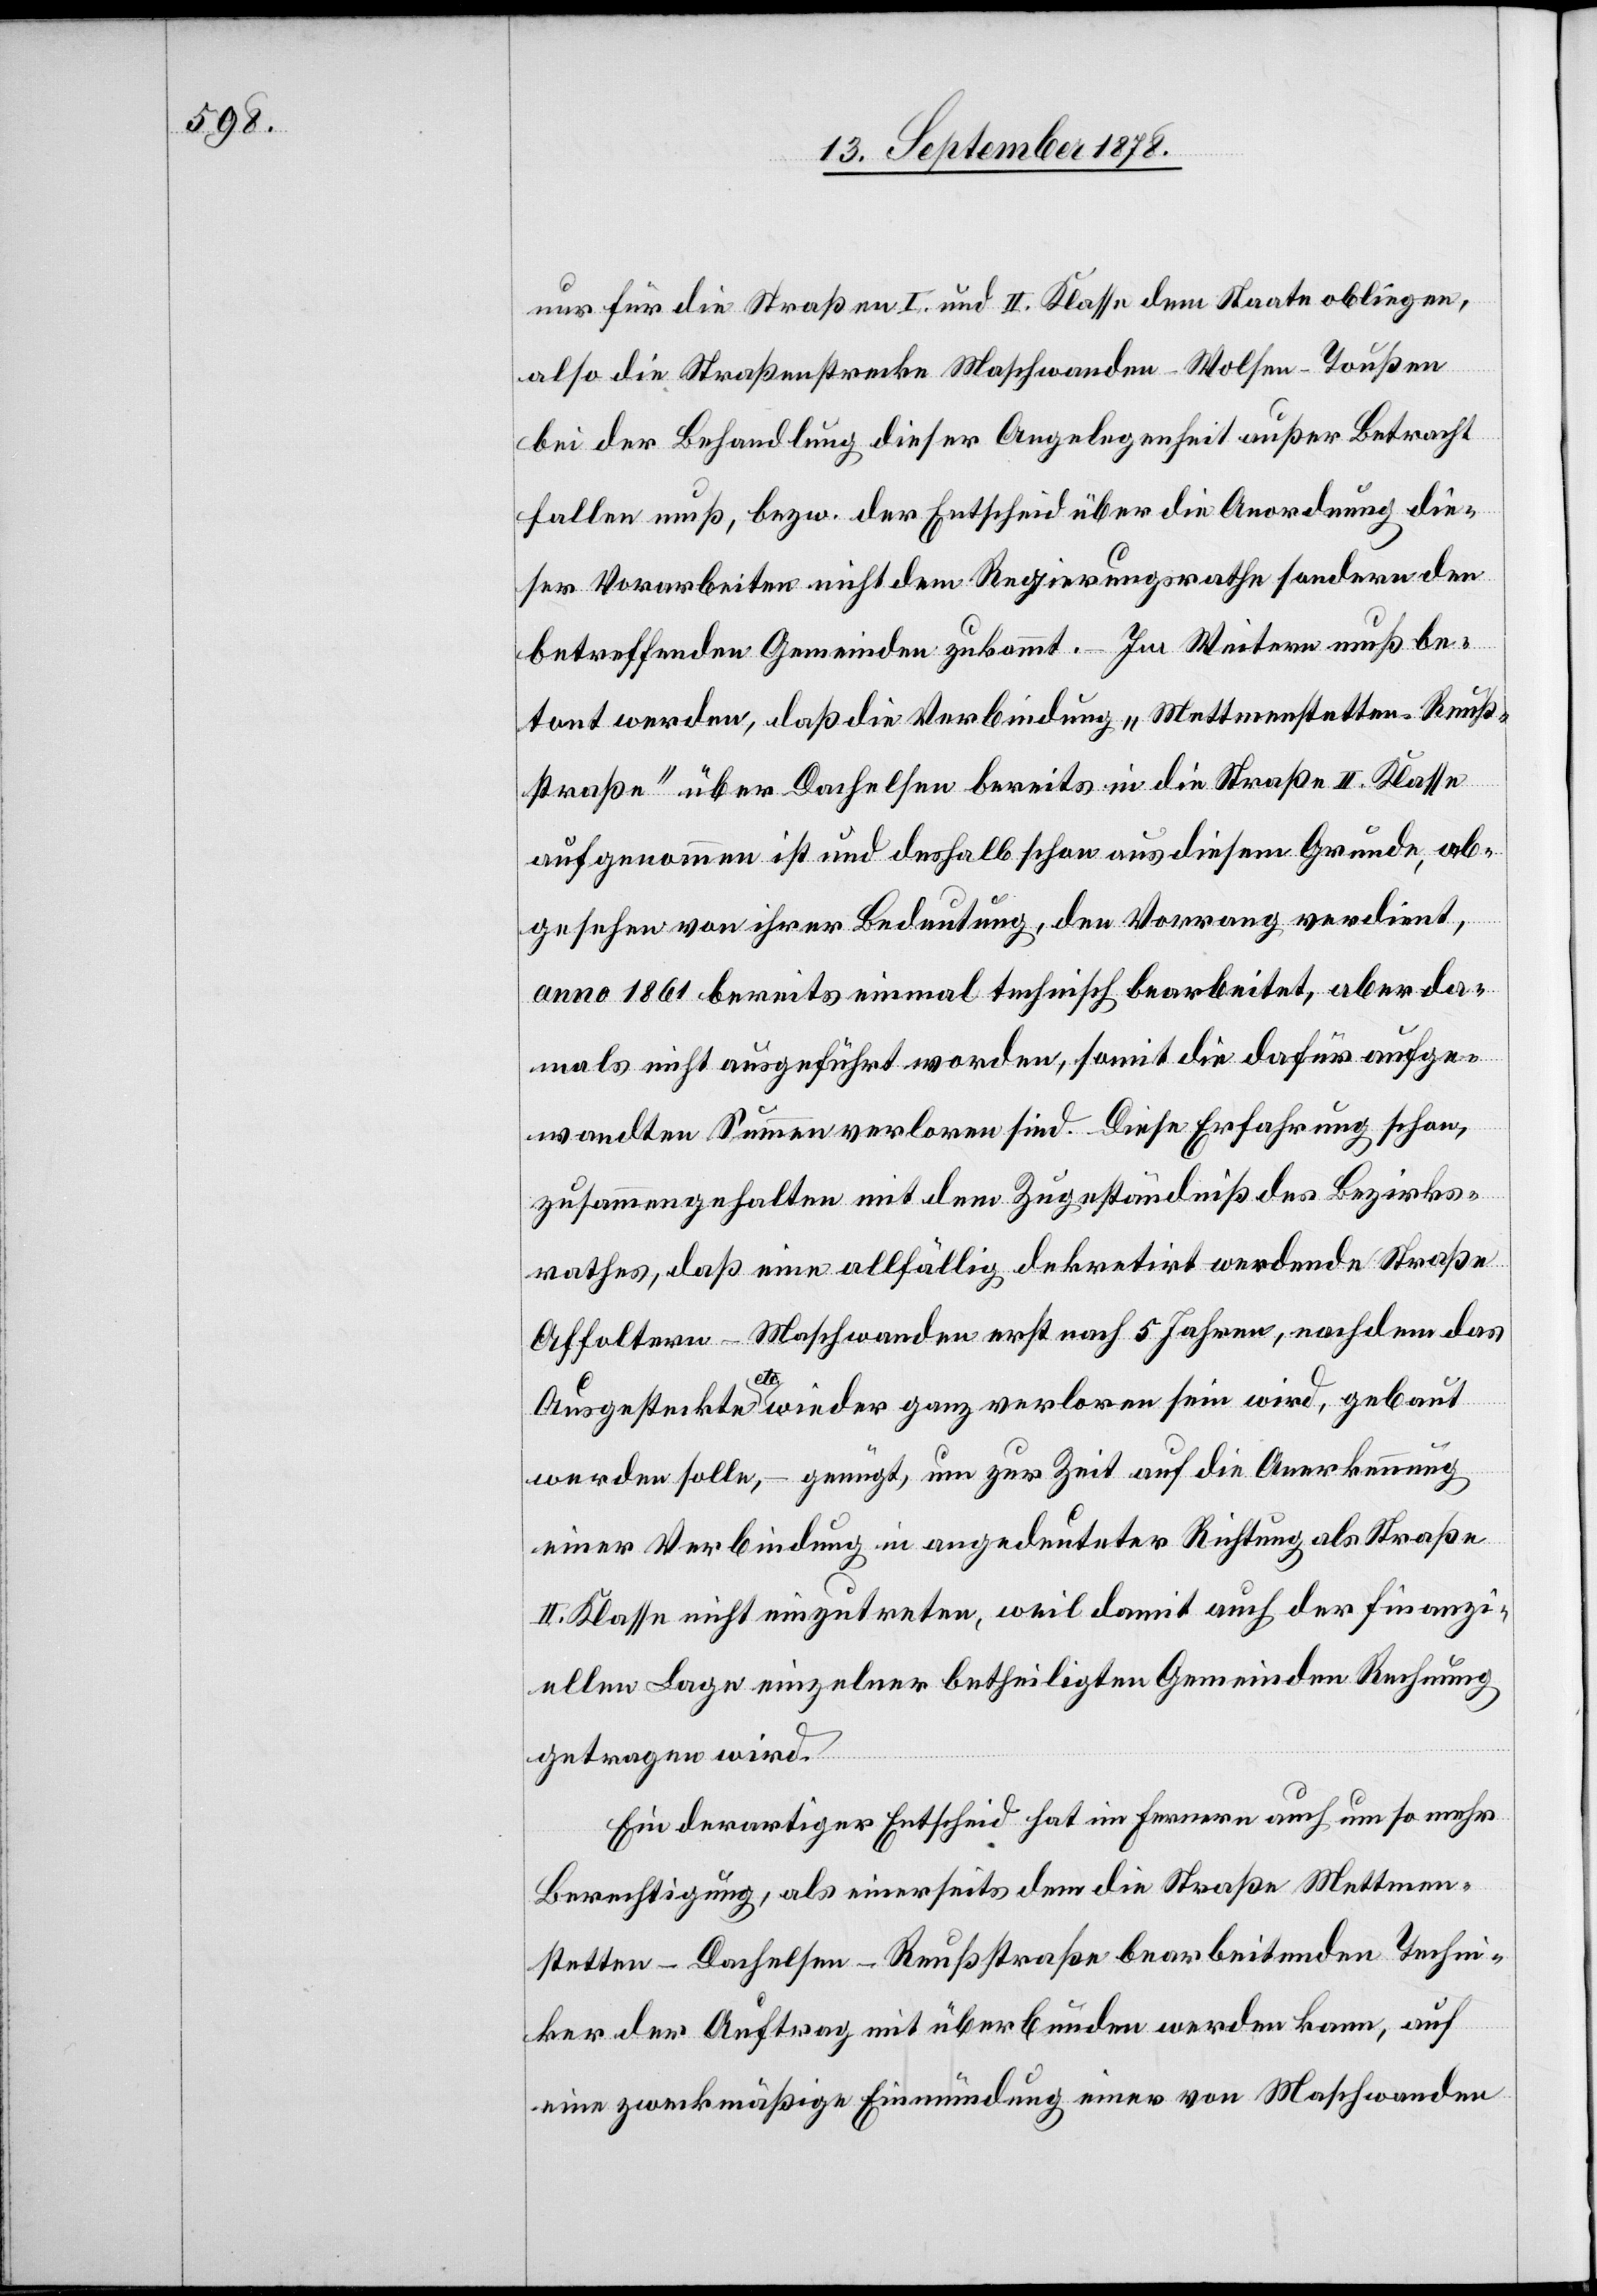
nur für die Straßen I. und II. Klasse dem Staate obliegen,
also die Straßenstrecke Maschwanden–Wohlen–Toußen
bei der Behandlung dieser Angelegenheit außer Betracht
fallen muß, bezw. der Entscheid über die Anordnung die¬
ser Vorarbeiten nicht dem Regierungsrathe sondern den
betreffenden Gemeinden zukommt. Im Weitern muß be¬
tont werden, daß die Verbindung „Mettmenstetten–Reuß¬
straße“ über Dachelsen bereits in die Straße II. Klasse
aufgenommen ist und deshalb schon aus diesem Grunde, ab¬
gesehen von ihrer Bedeutung, den Vorrang verdient,
anno 1861 bereits einmal technisch bearbeitet, aber da¬
mals nicht ausgeführt worden, somit die dafür aufge¬
wandten Summen verloren sind. Diese Erfahrung schon,
zusammengehalten mit dem Zugeständniß des Bezirks¬
rathes, daß eine allfällig dekretirt werdende Straße
Affoltern–Maschwanden erst nach 5 Jahren, nachdem das
Ausgesteckte etc. wieder ganz verloren sein wird, gebaut
werden solle, – genügt, um zur Zeit auf die Anerkennung
einer Verbindung in angedeuteter Richtung als Straße
II. Klasse nicht einzutreten, weil damit auch der finanzi¬
ellen Lage einzelner betheiligten Gemeinden Rechnung
getragen wird.
Ein derartiger Entscheid hat im fernern auch um so mehr
Berechtigung, als einerseits dem die Straße Mettmen¬
stetten–Dachelsen–Reußstraße bearbeitenden Techni¬
ker der Auftrag mit überbunden werden kann, auf
eine zweckmäßige Einmündung einer von Maschwanden